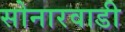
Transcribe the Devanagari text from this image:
सोनारवाडी